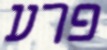
פרע